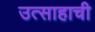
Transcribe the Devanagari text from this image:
उत्साहाची